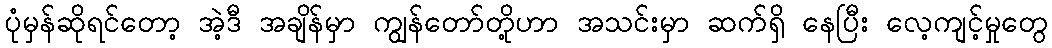
ပုံမှန်ဆိုရင်တော့ အဲ့ဒီ အချိန်မှာ ကျွန်တော်တို့ဟာ အသင်းမှာ ဆက်ရှိ နေပြီး လေ့ကျင့်မှုတွေ